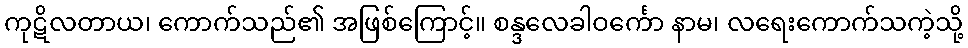
ကုဋိလတာယ၊ ကောက်သည်၏ အဖြစ်ကြောင့်။ စန္ဒလေခါဝင်္ကော နာမ၊ လရေးကောက်သကဲ့သို့